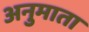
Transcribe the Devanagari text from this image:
अनुमाता